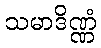
သမာဒိဏ္ဏံ